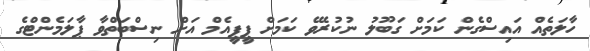
ހާލަތެއް އައިސްގެން ކަމަށް ގަބޫލު ނުކުރެވޭ ކަމަށް ޕީޕީއެމް އަށް ނިސްބަތްވާ ޕާލަމެންޓްގެ